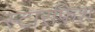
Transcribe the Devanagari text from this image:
स्टारफ़िश